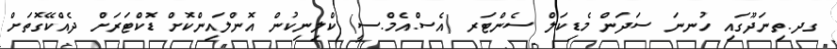
ގދ.ތިނަދޫގައި ހުނނަ ސަދަން މެޑިކަލް ސެންޓަރ (އެސް.އެމް.ސީ) ކްލިނިކުން އޮންލައިންކޮށް ޑޮކްޓަރަށް ދެއްކޭގޮތަށް